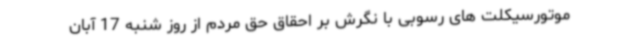
موتورسیکلت های رسوبی با نگرش بر احقاق حق مردم از روز شنبه 17 آبان